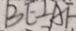
B E \bot A F